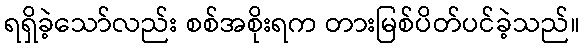
ရရှိခဲ့သော်လည်း စစ်အစိုးရက တားမြစ်ပိတ်ပင်ခဲ့သည်။